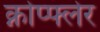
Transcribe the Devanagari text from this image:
क्नोप्फ्लेर